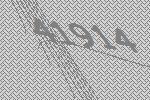
41914